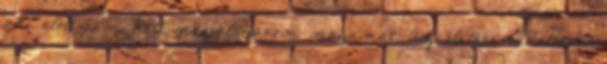
aki előtt nem kell megjátszanom magamat. Az ölelése váratlanul